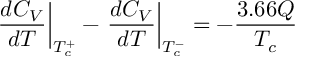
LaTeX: \left. \frac { d C _ { V } } { d T } \right| _ { T _ { c } ^ { + } } - \left. \frac { d C _ { V } } { d T } \right| _ { T _ { c } ^ { - } } = - \frac { 3 . 6 6 Q } { T _ { c } }